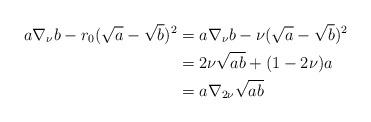
LaTeX: \begin{align*} a\nabla_{\nu} b -r_0(\sqrt{a}-\sqrt{b})^2& = a\nabla_{\nu} b -\nu(\sqrt{a}-\sqrt{b})^2\\&=2\nu \sqrt{ab}+(1-2\nu)a\\&=a\nabla_{2\nu}\sqrt{ab}\end{align*}